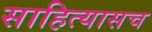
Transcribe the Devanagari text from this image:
साहित्यासच